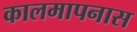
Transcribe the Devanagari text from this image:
कालमापनास